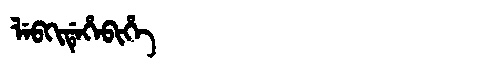
Manchu: ᠯᡝᠪᡴᡳᡩᡝᡥᡝᠪᡳᡥᡝ
Romanization: LEBKIDEHEBIHE